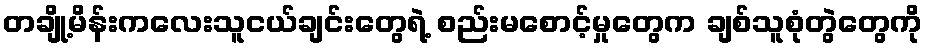
တချို့မိန်းကလေးသူငယ်ချင်းတွေရဲ့ စည်းမစောင့်မှုတွေက ချစ်သူစုံတွဲတွေကို